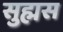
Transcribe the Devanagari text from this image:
सुह्मस